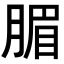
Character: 𣎊